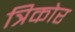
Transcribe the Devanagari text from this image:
त्रिकोर